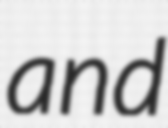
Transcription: and